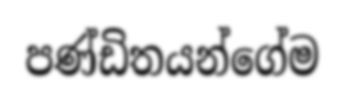
පණ්ඩිතයන්ගේම